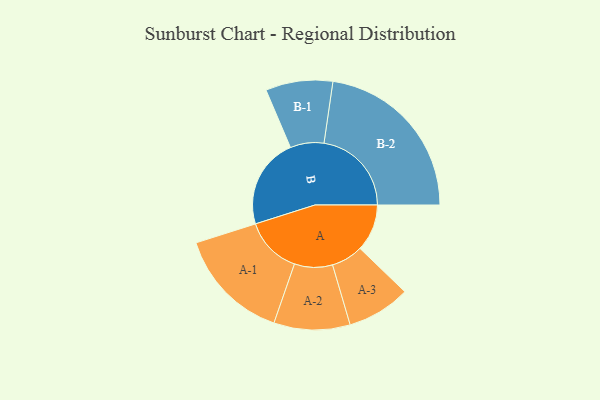
{"axis": {"x": "Segment", "y": "Value"}, "legend": ["", "A", "B"], "data": [{"x": "A", "y": 157, "type": ""}, {"x": "B", "y": 302, "type": ""}, {"x": "A-1", "y": 190, "type": "A"}, {"x": "A-2", "y": 127, "type": "A"}, {"x": "A-3", "y": 106, "type": "A"}, {"x": "B-1", "y": 112, "type": "B"}, {"x": "B-2", "y": 292, "type": "B"}]}